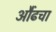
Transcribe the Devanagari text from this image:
औंढचा